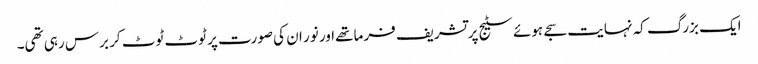
ایک بزرگ کہ نہایت سجے ہوئے سٹیج پر تشریف فرما تھےاور نور ان کی صورت پر ٹوٹ ٹوٹ کر برس رہی تھی۔